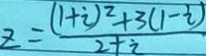
z = \frac { ( 1 + i ) ^ { 2 } + 3 ( 1 - i ) } { 2 + i }